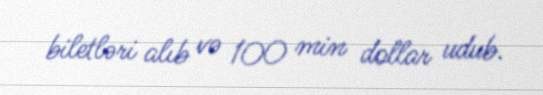
biletləri alıb və 100 min dollar udub.